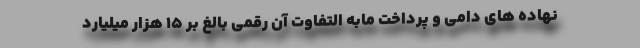
نهاده های دامی و پرداخت مابه التفاوت آن رقمی بالغ بر ۱۵ هزار میلیارد